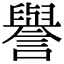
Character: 譽